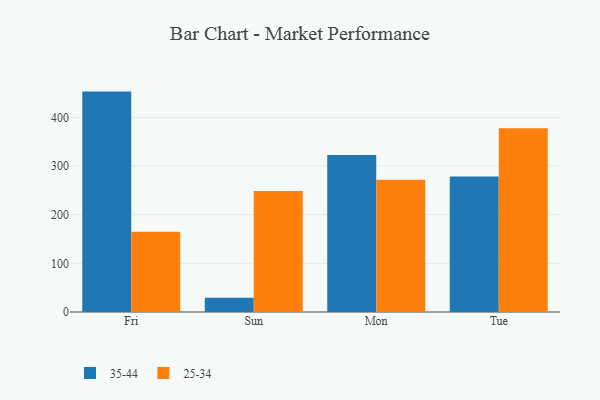
{"axis": {"x": "Day", "y": "Latency (ms)"}, "legend": ["25-34", "35-44"], "data": [{"x": "Fri", "y": 452.8, "type": "35-44"}, {"x": "Fri", "y": 164.7, "type": "25-34"}, {"x": "Sun", "y": 29.4, "type": "35-44"}, {"x": "Sun", "y": 248.4, "type": "25-34"}, {"x": "Mon", "y": 322.4, "type": "35-44"}, {"x": "Mon", "y": 271.9, "type": "25-34"}, {"x": "Tue", "y": 278.4, "type": "35-44"}, {"x": "Tue", "y": 377.3, "type": "25-34"}]}